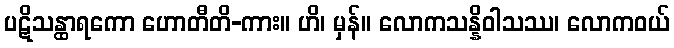
ပဋိသန္ထာရကော ဟောတီတိ-ကား။ ဟိ၊ မှန်။ လောကသန္နိဝါသဿ၊ လောကဝယ်